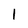
Character: 1